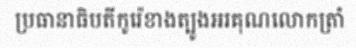
ប្រធានាធិបតីកូរ៉េខាងត្បូងអរគុណលោកត្រាំ